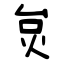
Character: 炱